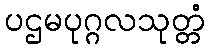
ပဌမပုဂ္ဂလသုတ္တံ